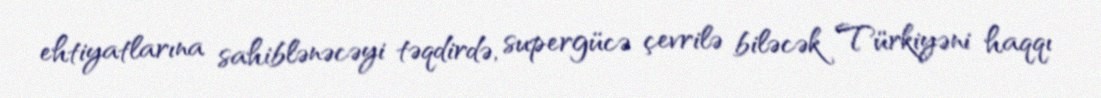
ehtiyatlarına sahiblənəcəyi təqdirdə, supergücə çevrilə biləcək Türkiyəni haqqı